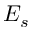
E _ { s }